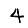
Digit: 4